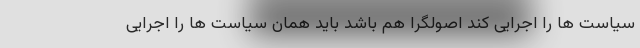
سیاست ها‌ را اجرایی کند اصولگرا هم باشد باید همان سیاست ها را اجرایی